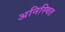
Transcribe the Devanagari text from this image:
अनिस्चित